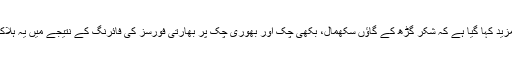
بیان میں مزید کہا گیا ہے کہ شکر گڑھ کے گاؤں ُسکھمال، بکھی چک اور بھوری چک پر بھارتی فورسز کی فائرنگ کے نتیجے میں یہ ہلاکتیں ہوئیں۔